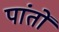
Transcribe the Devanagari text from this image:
पांतों